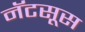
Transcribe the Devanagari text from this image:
नॅटसूस